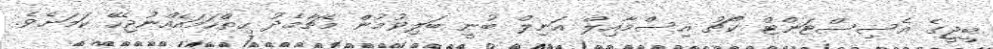
ބީޖީގެ އެސިސްޓަންޓް ކޯޗު އިސްމާއިލް އަނިލް ބުނީ ބަލިވުމުން މެޗާމެދު ހިތްހަމައެއްނުޖެހޭ ކަމަށެވެ.